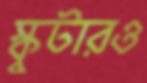
স্কুটারও